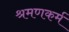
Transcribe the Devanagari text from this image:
श्रमणकर्म